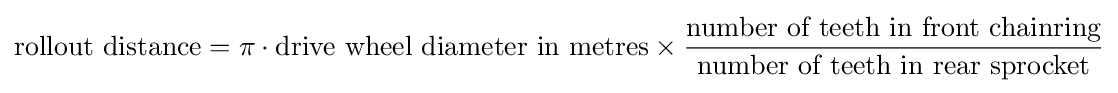
{\text{rollout distance}}=\pi \cdot {\text{drive wheel diameter in metres}}\times {\frac {\text{number of teeth in front chainring}}{\text{number of teeth in rear sprocket}}}